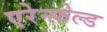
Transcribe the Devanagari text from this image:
एरेन्फ़ेल्ड